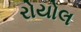
રોયોલ